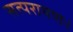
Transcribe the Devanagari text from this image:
सत्परायणः।